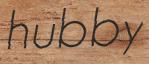
hubby